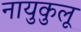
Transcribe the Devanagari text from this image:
नायुकुलू